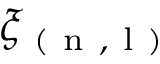
\xi _ { \mathrm { ~ ( ~ n ~ , ~ l ~ ) ~ } }